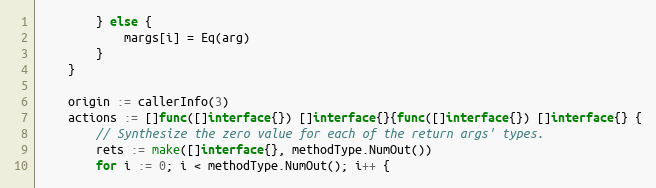
Language: Go
		} else {
			margs[i] = Eq(arg)
		}
	}

	origin := callerInfo(3)
	actions := []func([]interface{}) []interface{}{func([]interface{}) []interface{} {
		// Synthesize the zero value for each of the return args' types.
		rets := make([]interface{}, methodType.NumOut())
		for i := 0; i < methodType.NumOut(); i++ {